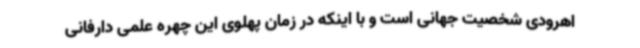
اهرودی شخصیت جهانی است و با اینکه در زمان پهلوی این چهره علمی دارفانی